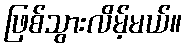
ဖြစ်သွားလိမ့်မယ်။